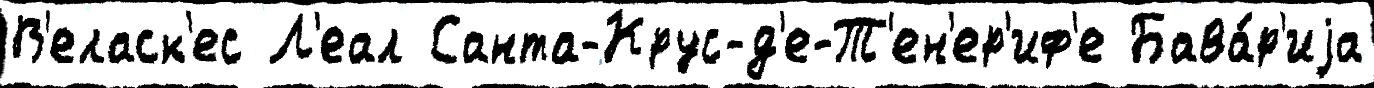
В'еласк'ес Л'еал Санта-Крус-д'е-Т'ен'ер'иф'е Бава́р'иjа